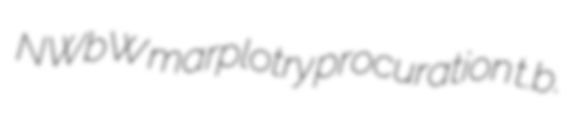
NWbW marplotry procuration t.b.